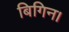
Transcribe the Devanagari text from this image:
बिगिन।